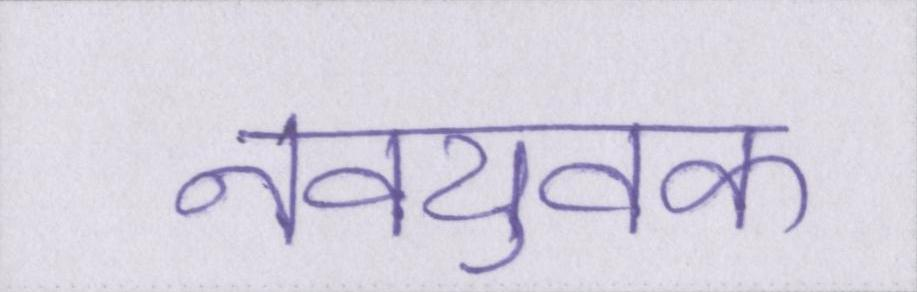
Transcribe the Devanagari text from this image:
नवयुवक